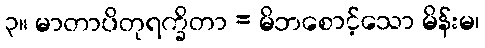
၃။ မာတာပိတုရက္ခိတာ = မိဘစောင့်သော မိန်းမ၊